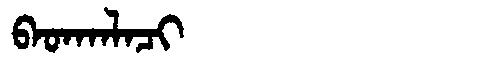
Manchu: ᠪᠠᡨᡴᠠᠯᠠᠴᡳ
Romanization: BATKALACI